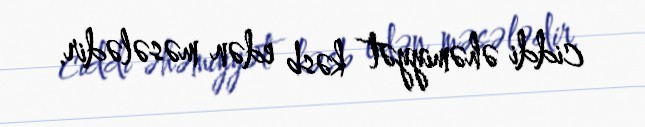
ciddi əhəmiyyət kəsb edən məsələdir.